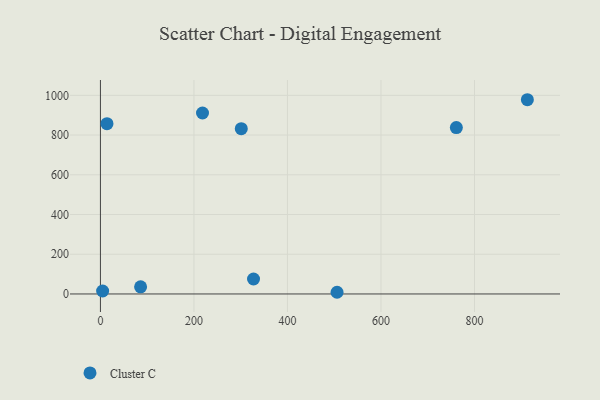
{"axis": {"x": "Speed", "y": "Salary"}, "legend": ["Cluster C"], "data": [{"x": "14.0", "y": 857.1, "type": "Cluster C"}, {"x": "218.3", "y": 911.0, "type": "Cluster C"}, {"x": "913.0", "y": 977.9, "type": "Cluster C"}, {"x": "85.9", "y": 35.7, "type": "Cluster C"}, {"x": "327.4", "y": 75.4, "type": "Cluster C"}, {"x": "4.7", "y": 14.9, "type": "Cluster C"}, {"x": "761.1", "y": 837.6, "type": "Cluster C"}, {"x": "301.2", "y": 832.3, "type": "Cluster C"}, {"x": "506.0", "y": 8.5, "type": "Cluster C"}]}